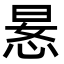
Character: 𫺍